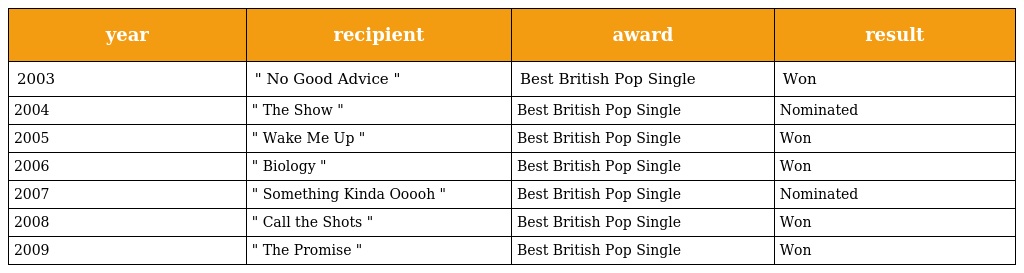
| year | recipient | award | result |
 | --- | --- | --- | --- |
 | 2003 | " No Good Advice " | Best British Pop Single | Won |
 | 2004 | " The Show " | Best British Pop Single | Nominated |
 | 2005 | " Wake Me Up " | Best British Pop Single | Won |
 | 2006 | " Biology " | Best British Pop Single | Won |
 | 2007 | " Something Kinda Ooooh " | Best British Pop Single | Nominated |
 | 2008 | " Call the Shots " | Best British Pop Single | Won |
 | 2009 | " The Promise " | Best British Pop Single | Won |